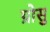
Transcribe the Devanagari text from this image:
ग्रोसु